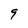
Character: 9